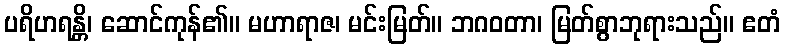
ပရိဟရန္တိ၊ ဆောင်ကုန်၏။ မဟာရာဇ၊ မင်းမြတ်။ ဘဂဝတာ၊ မြတ်စွာဘုရားသည်။ ဧတံ